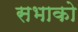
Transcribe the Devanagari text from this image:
सभाको